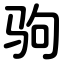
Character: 驹